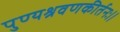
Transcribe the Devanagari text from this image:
पुण्यश्रवणकीर्तनः।।